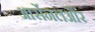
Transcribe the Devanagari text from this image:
आर्सेनलऔर